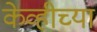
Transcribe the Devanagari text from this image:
केव्हीच्या